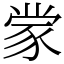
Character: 䝉